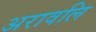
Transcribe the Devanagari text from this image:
अरावलि